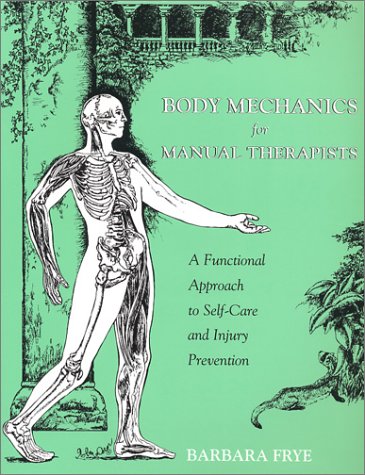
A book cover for Body Mechanics for Manual Therapists: A Functional Approach to Self-Care and Injury Prevention; Barbara Frye; Health, Fitness & Dieting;